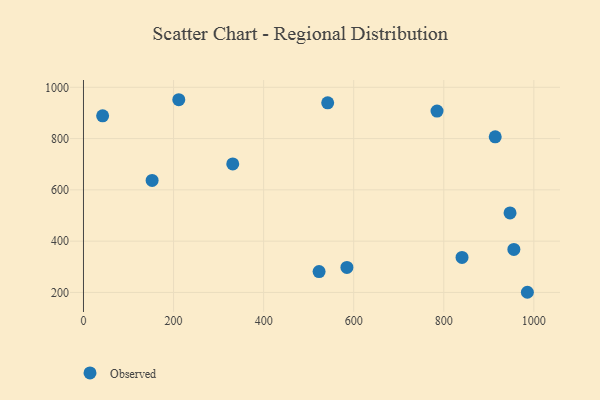
{"axis": {"x": "Engine Size", "y": "Salary"}, "legend": ["Observed"], "data": [{"x": "211.6", "y": 951.6, "type": "Observed"}, {"x": "985.6", "y": 200.6, "type": "Observed"}, {"x": "840.5", "y": 336.6, "type": "Observed"}, {"x": "955.6", "y": 367.7, "type": "Observed"}, {"x": "542.2", "y": 939.4, "type": "Observed"}, {"x": "914.2", "y": 806.8, "type": "Observed"}, {"x": "152.4", "y": 636.9, "type": "Observed"}, {"x": "584.9", "y": 297.5, "type": "Observed"}, {"x": "785.0", "y": 907.3, "type": "Observed"}, {"x": "331.4", "y": 701.2, "type": "Observed"}, {"x": "42.5", "y": 888.7, "type": "Observed"}, {"x": "523.1", "y": 281.3, "type": "Observed"}, {"x": "947.1", "y": 510.2, "type": "Observed"}]}